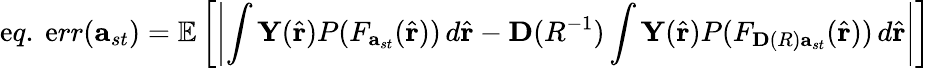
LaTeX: \mathrm{e}q.\mathrm{{~}}\mathrm{e}rr(\mathbf{{a}}_{st})=\mathbb{{E}}\left[\left|\int\mathbf{{Y}}(\hat{{\mathbf{{r}}}})P(F_{\mathbf{{a}}_{st}}(\hat{{\mathbf{{r}}}}))\, d\hat{{\mathbf{{r}}}}-\mathbf{{D}}(R^{-1})\int\mathbf{{Y}}(\hat{{\mathbf{{r}}}})P(F_{\mathbf{{D}}(R)\mathbf{{a}}_{st}}(\hat{{\mathbf{{r}}}}))\, d\hat{{\mathbf{{r}}}}\right|\right]